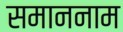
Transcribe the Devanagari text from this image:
समाननाम